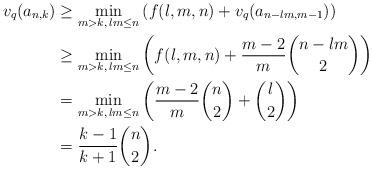
LaTeX: \begin{align*}v_q(a_{n,k})&\geq \min_{m>k,\,lm\leq n}\left(f(l,m,n)+v_q(a_{n-lm,m-1})\right)\\&\geq \min_{m>k,\,lm\leq n}\left(f(l,m,n)+\frac{m-2}{m}\binom{n-lm}{2}\right)\\&=\min_{m>k,\,lm\leq n}\left(\frac{m-2}{m}\binom{n}{2}+\binom{l}{2}\right)\\&=\frac{k-1}{k+1}\binom{n}{2}.\end{align*}